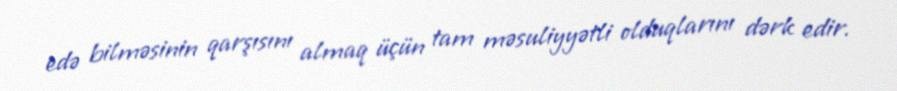
edə bilməsinin qarşısını almaq üçün tam məsuliyyətli olduqlarını dərk edir.